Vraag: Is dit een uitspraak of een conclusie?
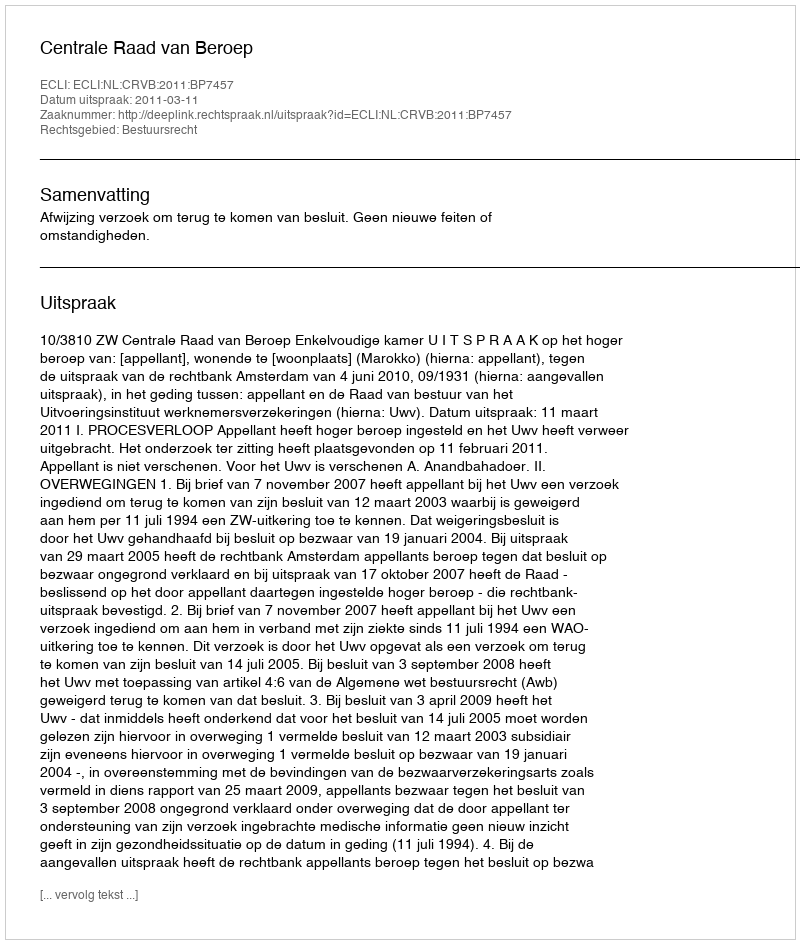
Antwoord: Uitspraak